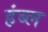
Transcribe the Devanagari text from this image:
हंब्ल